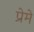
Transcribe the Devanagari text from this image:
प्रेमे